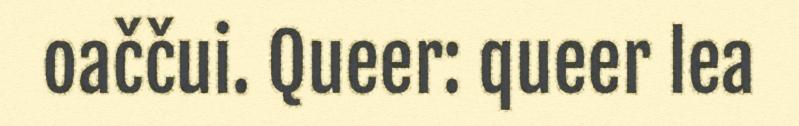
oaččui. Queer: queer lea